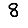
Digit: 8